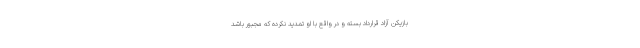
بازیکن آزاد قرارداد بسته و در واقع با او تمدید نکرده که مجبور باشد